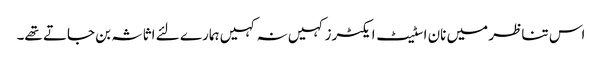
اس تناظر میں نان اسٹیٹ ایکٹرز کہیں نہ کہیں ہمارے لئے اثاثہ بن جاتے تھے۔